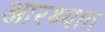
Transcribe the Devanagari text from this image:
आरश्यात